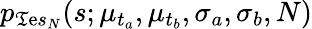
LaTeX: p_{\mathfrak{T}\mathrm{e}s_{N}}(s;\mu_{t_{a}},\mu_{t_{b}},\sigma_{a},\sigma_{b},N)